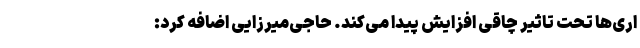
ارى‌ها تحت تاثیر چاقی افزایش پیدا می‌کند. حاجی‌میرزایی اضافه کرد: